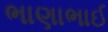
ભાણાભાઈ